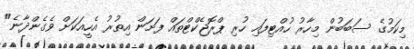
މިކަމުގެ ސަބަބުން މިހާރު ހުއްޓިފައި ހުރި ޕްރޮޖެކްޓްތައް ފަށަން އިތުރު އެހީއަކަށް ވެގެންދާނެ"